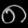
Digit: ၈